Annual report on the working of the mental hospitals in the Madras Presidency - 1912-1932
Year: 1912
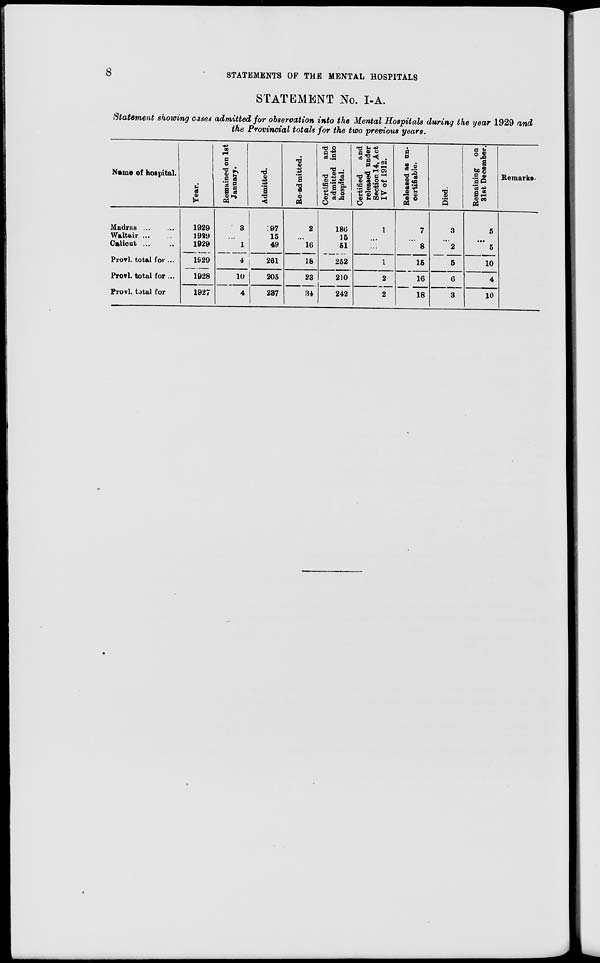
8
STATEMENTS OF THE MENTAL HOSPITALS
STATEMENT No. I-A.
Statement showing cases admitted for observation into the Mental Hospitals during the year 1929 and
the Provincial totals for the two previous years.
Name of hospital.
Madras ... ...
Waltair ... ...
Calicut ... ...
Provl. total for ...
Provl. total for ...
Provl. total for ...
Year.
1929
1929
1929
1929
1928
1927
Remained on 1st
January.
3
...
1
4
10
4
Admitted.
197
15
49
261
205
237
Re-admitted.
2
...
16
18
23
34
Certified
and
admitted into
hospital.
186
15
51
252
210
242
Certified
and
released under
Section 14, Act
IV of 1912.
1
...
...
1
2
2
Released as un-
certifiable.
7
...
8
15
16
18
Died.
3
...
2
5
6
3
Remaining on
31st December.
5
...
5
10
4
10
Remarks.